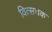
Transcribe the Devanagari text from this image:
वित्सचक